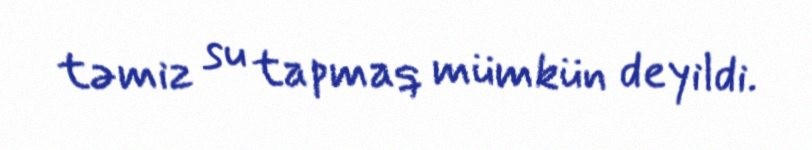
təmiz su tapmaq mümkün deyildi.